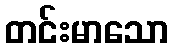
တင်းမာသော